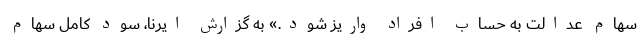
سهام عدالت به حساب افراد واریز شود.» به گزارش ایرنا، سود کامل سهام